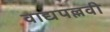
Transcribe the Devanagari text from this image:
वाद्यपल्लवी